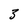
Character: 5